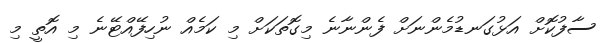
ސާފުކޮށް އަޅުގަނޑުމެންނަށް ފެންނާނެ މިގޮތަކަށް މި ކަމެއް ނުހިފޭއްޓޭނެ މި އޮތީ މި